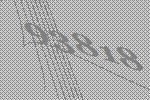
93818